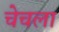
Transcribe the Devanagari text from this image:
चेचला